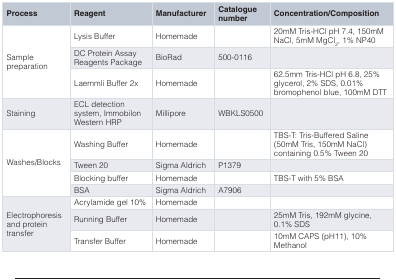
| Process | Reagent | Manufacturer | Cataloguenumber | Concentration/Composition |
 | --- | --- | --- | --- | --- |
 | <ROWSPAN=3> Samplepreparation | Lysis Buffer | Homemade |  | 20mM Tris-HCl pH 7.4, 150mMNaCl, 5mM MgCl2, 1% NP40 |
 | DC Protein AssayReagents Package | BioRad | 500-0116 |  |
 | Laemmli Buffer 2x | Homemade |  | 62.5mm Tris-HCl pH 6.8, 25%glycerol, 2% SDS, 0.01%bromophenol blue, 100mM DTT |
 | Staining | ECL detectionsystem, ImmobilonWestern HRP | Millipore | WBKLS0500 |  |
 | <ROWSPAN=4> Washes/Blocks | Washing Buffer | Homemade |  | TBS-T: Tris-Buffered Saline(50mM Tris, 150mM NaCl)containing 0.5% Tween 20 |
 | Tween 20 | Sigma Aldrich | P1379 |  |
 | Blocking buffer | Homemade |  | TBS-T with 5% BSA |
 | BSA | Sigma Aldrich | A7906 |  |
 | <ROWSPAN=3> Electrophoresisand proteintransfer | Acrylamide gel 10% | Homemade |  |  |
 | Running Buffer | Homemade |  | 25mM Tris, 192mM glycine,0.1% SDS |
 | Transfer Buffer | Homemade |  | 10mM CAPS (pH11), 10%Methanol |